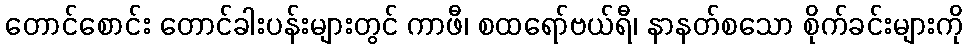
တောင်စောင်း တောင်ခါးပန်းများတွင် ကာဖီ၊ စထရော်ဗယ်ရီ၊ နာနတ်စသော စိုက်ခင်းများကို